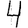
Digit: 4